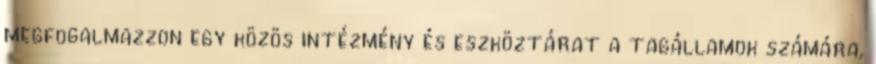
megfogalmazzon egy közös intézmény és eszköztárat a tagállamok számára,